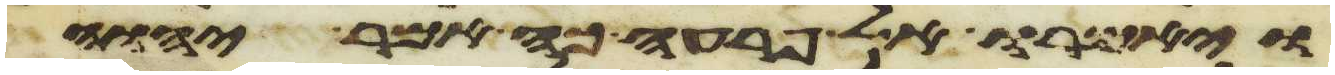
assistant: ויאמרו אל פרעה כה אמר יהוה